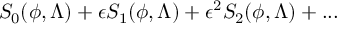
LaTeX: S _ { 0 } ( \phi , \Lambda ) + \epsilon S _ { 1 } ( \phi , \Lambda ) + \epsilon ^ { 2 } S _ { 2 } ( \phi , \Lambda ) + . . .